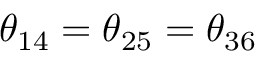
\theta _ { 1 4 } = \theta _ { 2 5 } = \theta _ { 3 6 }